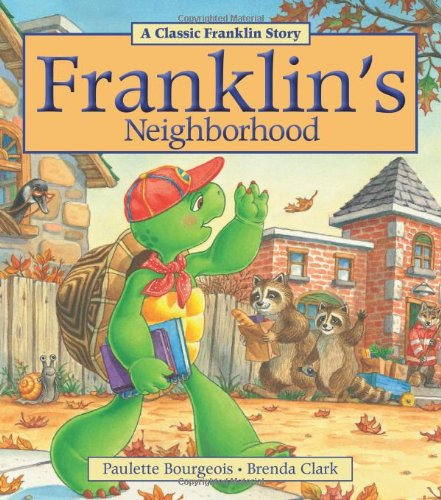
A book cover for Franklin's Neighborhood; Paulette Bourgeois; Children's Books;